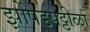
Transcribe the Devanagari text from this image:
झोपडपट्टीळा